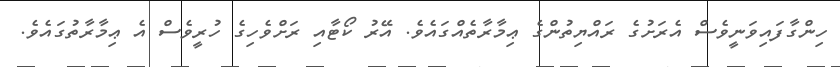
ހިންގާފައިވަނީވެސް އެރަށުގެ ރައްޔިތުންގެ ޢިމާރާތެއްގައެވެ. އޭރު ކޯޓާއި ރަށްވެހިގެ ހުރީވެސް އެ ޢިމާރާތުގައެވެ.